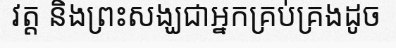
វត្ត និងព្រះសង្ឃជាអ្នកគ្រប់គ្រងដូច